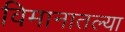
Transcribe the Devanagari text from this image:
विमानातल्या